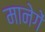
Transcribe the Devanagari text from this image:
मानेगें